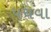
પચવા